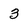
Character: 3